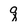
Character: q